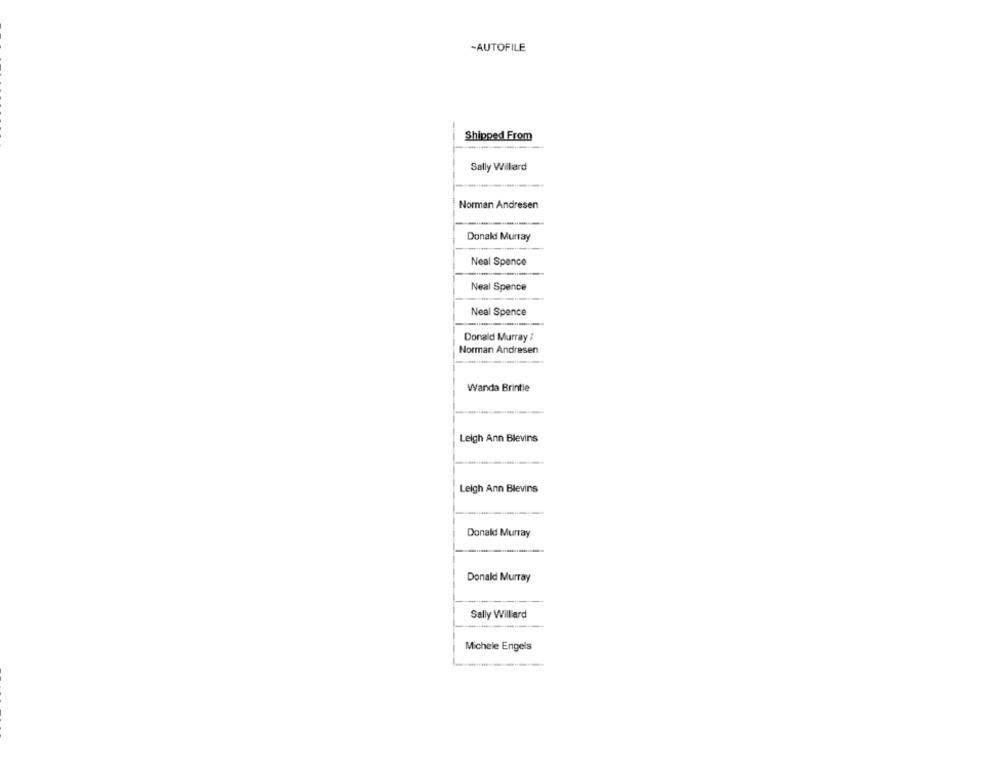
-AUTOFILE
Shipped From
Sally Willard
Norman Andresen
Donald Murray
Neal Spence
Neal Spence
Neal Spence
Donald Murray :
Norman Andresen
Wanda Brintle
Leigh Ann Blevins
Leigh Ann Blevins
Donald Murray
Donald Murray
Sally Willard
Michele Engels